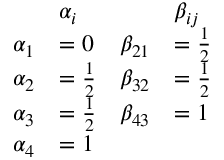
{ \begin{array} { r l r l } & { \alpha _ { i } } & & { \beta _ { i j } } \\ { \alpha _ { 1 } } & { = 0 } & { \beta _ { 2 1 } } & { = { \frac { 1 } { 2 } } } \\ { \alpha _ { 2 } } & { = { \frac { 1 } { 2 } } } & { \beta _ { 3 2 } } & { = { \frac { 1 } { 2 } } } \\ { \alpha _ { 3 } } & { = { \frac { 1 } { 2 } } } & { \beta _ { 4 3 } } & { = 1 } \\ { \alpha _ { 4 } } & { = 1 } & & { } \end{array} }